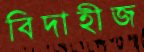
বিদাহীজ